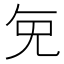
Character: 𭀠